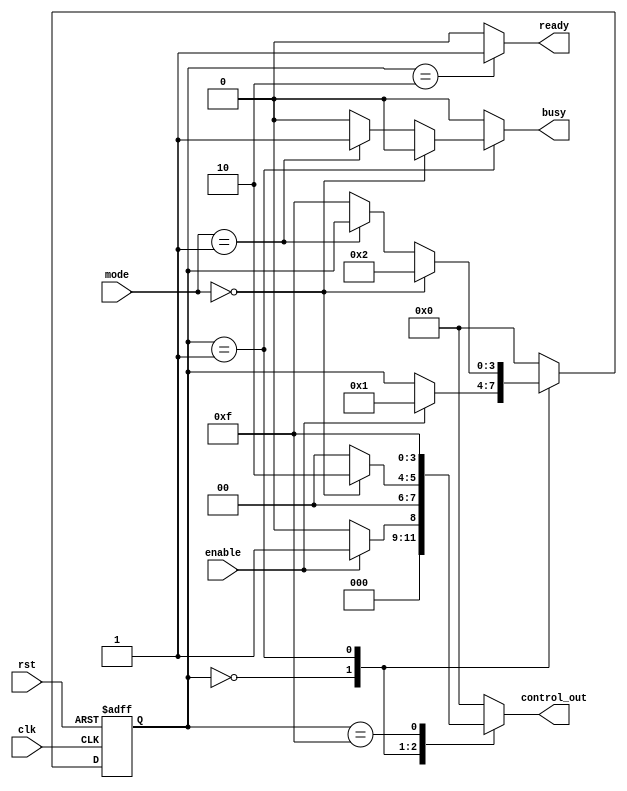
module ControlRegister (
    input wire clk,              // Clock signal
    input wire rst,              // Reset signal
    input wire enable,           // Enable control signal
    input wire [1:0] mode,       // Mode selection (2 bits for example)
    output reg [3:0] control_out, // Control signals output (4 bits)
    output reg ready,            // Status flag
    output reg busy              // Status flag
);

    // State representation
    reg [3:0] state;             // Current state of the control register
    reg [3:0] next_state;        // Next state of the control register

    // State encoding (example)
    localparam STATE_IDLE = 4'b0000;
    localparam STATE_ACTIVE = 4'b0001;
    localparam STATE_CONFIG = 4'b0010;
    localparam STATE_ERROR = 4'b1111;

    // Sequential logic for state transition
    always @(posedge clk or posedge rst) begin
        if (rst) begin
            state <= STATE_IDLE; // Initialize to default state on reset
        end else begin
            state <= next_state;  // Update state on clock edge
        end
    end

    // Combinational logic for next state and output control signals
    always @(*) begin
        // Default assignments
        next_state = state;
        control_out = 4'b0000; // Default control signals
        ready = 1'b0;          // Default status flags
        busy = 1'b0;

        case (state)
            STATE_IDLE: begin
                if (enable) begin
                    next_state = STATE_ACTIVE;
                    control_out = 4'b0001; // Set control signals for active mode
                end
            end
            
            STATE_ACTIVE: begin
                if (mode == 2'b00) begin
                    next_state = STATE_CONFIG;
                    control_out = 4'b0010; // Set control signals for configuration
                end else if (mode == 2'b01) begin
                    busy = 1'b1;           // Set busy flag
                end else begin
                    next_state = STATE_ERROR; // Handle invalid mode
                end
            end
            
            STATE_CONFIG: begin
                // Configuration logic can be added here
                ready = 1'b1;          // Indicate ready status
                next_state = STATE_IDLE; // Return to idle after configuration
            end
            
            STATE_ERROR: begin
                // Error handling logic can be added here
                control_out = 4'b1111; // Indicate error state
                next_state = STATE_IDLE; // Return to idle state after error
            end
            
            default: begin
                next_state = STATE_IDLE; // Default to idle on unknown state
            end
        endcase
    end

endmodule